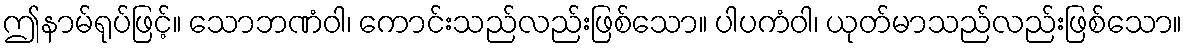
ဤနာမ်ရုပ်ဖြင့်။ သောဘဏံဝါ၊ ကောင်းသည်လည်းဖြစ်သော။ ပါပကံဝါ၊ ယုတ်မာသည်လည်းဖြစ်သော။